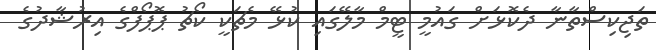
ތަޖިކިސްތާނާ ދެކޮޅަށް ގައުމީ ޓީމް މާލޭގައި ކުޅޭ މެޗަކީ ކޯޗު ޕޮޕޯފްގެ އިރުޝާދުގެ